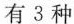
有3种